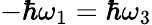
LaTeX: -\hbar\omega_{1}=\hbar\omega_{3}